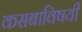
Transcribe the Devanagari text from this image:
कसबाविषयी